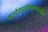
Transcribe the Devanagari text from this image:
ऋग्वेदप्रातिशाख्यांतील